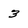
Character: 3